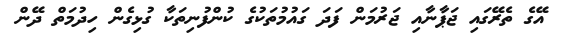
އޭގެ ތެރޭގައި ޖަޕާނާއި ޖަރުމަން ފަދަ ގައުމުތަކުގެ ކުންފުނިތަކާ ގުޅިގެން ހިދުމަތް ދޭން